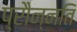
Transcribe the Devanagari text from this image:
प्रौन्नति